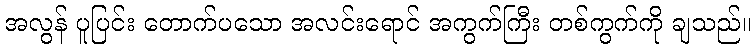
အလွန် ပူပြင်း တောက်ပသော အလင်းရောင် အကွက်ကြီး တစ်ကွက်ကို ချသည်။